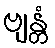
ဗျန္တံ